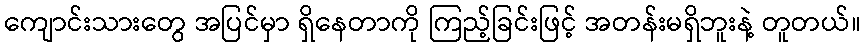
ကျောင်းသားတွေ အပြင်မှာ ရှိနေတာကို ကြည့်ခြင်းဖြင့် အတန်းမရှိဘူးနဲ့ တူတယ်။